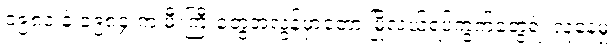
၁၉၈၁ နဲ့ ၁၉၈၄ က မီးကြီးတွေအလွန်မှာတော့ မြို့လယ်ရပ်ကွက်တွေရဲ့ လူနေမှု